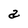
Character: a